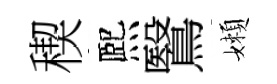
稧熈鷖嬾